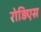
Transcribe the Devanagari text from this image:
रोड़िएस